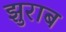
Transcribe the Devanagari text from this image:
झुराब